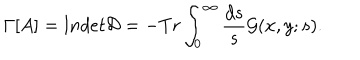
LaTeX: \Gamma [ A ] = l n d e t { \cal D } = - T r \int _ { 0 } ^ { \infty } \frac { d s } { s } { \cal G } ( x , y ; s ) .